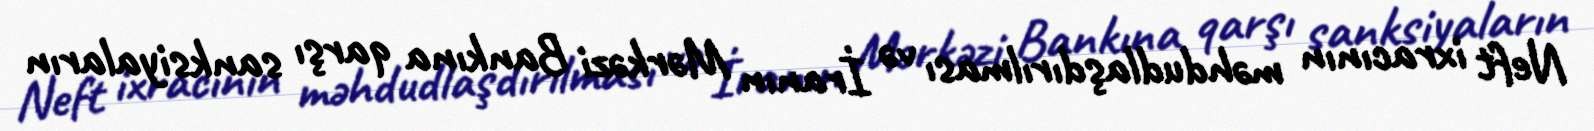
Neft ixracının məhdudlaşdırılması və İranın Mərkəzi Bankına qarşı sanksiyaların